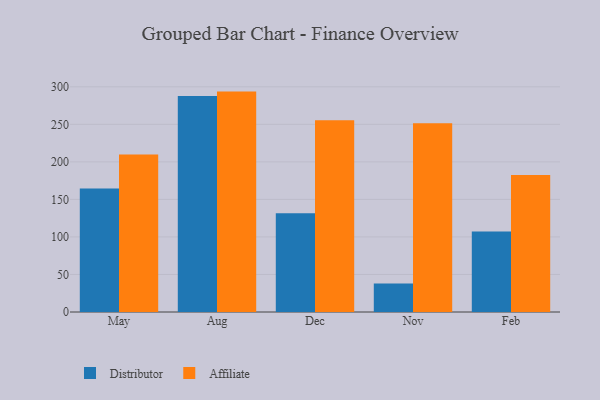
{"axis": {"x": "Month", "y": "Net Income (USD K)"}, "legend": ["Affiliate", "Distributor"], "data": [{"x": "May", "y": 164.5, "type": "Distributor"}, {"x": "May", "y": 209.7, "type": "Affiliate"}, {"x": "Aug", "y": 287.8, "type": "Distributor"}, {"x": "Aug", "y": 293.6, "type": "Affiliate"}, {"x": "Dec", "y": 131.4, "type": "Distributor"}, {"x": "Dec", "y": 255.4, "type": "Affiliate"}, {"x": "Nov", "y": 37.8, "type": "Distributor"}, {"x": "Nov", "y": 251.3, "type": "Affiliate"}, {"x": "Feb", "y": 107.1, "type": "Distributor"}, {"x": "Feb", "y": 182.4, "type": "Affiliate"}]}